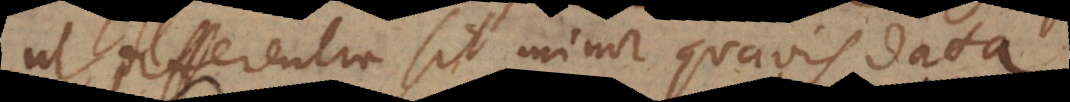
ut differentia sit minor quavis data.